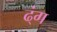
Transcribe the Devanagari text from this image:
ढ्ंग